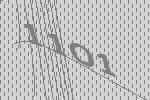
1101